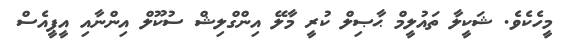
މީހެކެވެ. ޝަކީލާ ތައުލީމް ޙާޞިލް ކުރީ މާލޭ އިންގްލިޝް ސުކޫލް އިންނާއި އީޕީއެސް